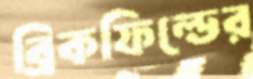
ব্রিকফিল্ডের